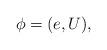
LaTeX: \begin{align*}\phi = (e, U),\end{align*}